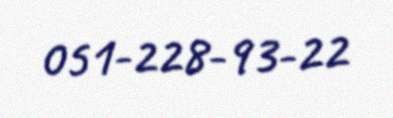
051-228-93-22